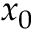
x _ { 0 }